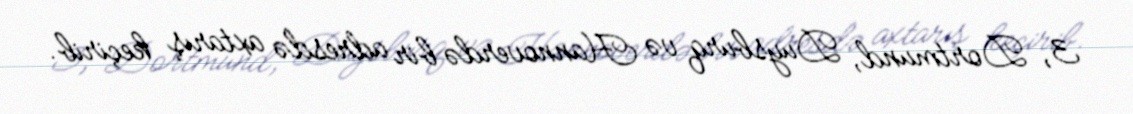
3, Dortmund, Duysburq və Hannoverdə bir adresdə axtarış keçirib.